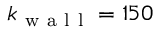
k _ { \mathrm { ~ w ~ a ~ l ~ l ~ } } = 1 5 0